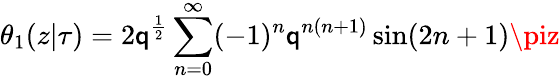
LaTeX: \theta_{1}(z|\tau)=2\mathsf{q}^{\frac{{1}}{{2}}}\sum_{n=0}^{\infty}(-1)^{n}\mathsf{q}^{n(n+1)}\sin(2n+1)\piz